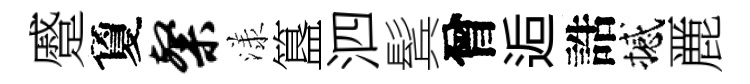
蹙夐粲漾簋泗鬂曾逅誥撼䴡